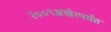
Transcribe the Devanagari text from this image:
२००९अखेरपर्यंत